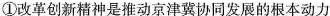
①改革创新精神是推动京津冀协同发展的根本动力